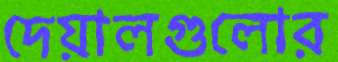
দেয়ালগুলোর